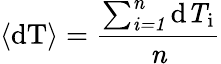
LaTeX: \langle\mathrm{{dT}\rangle=\frac{\sum_{\mathit{i=1}}^{\mathit{n}}\mathrm{{d}\mathit{T}_{i}}}{\mathit{n}}}